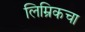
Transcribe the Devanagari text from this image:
लिम्रिकचा